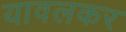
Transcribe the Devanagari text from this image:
यावलकर